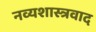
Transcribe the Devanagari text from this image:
नव्यशास्त्रवाद